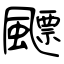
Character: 飃